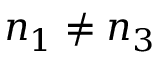
n _ { 1 } \neq n _ { 3 }